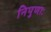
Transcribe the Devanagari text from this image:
निपुणाः